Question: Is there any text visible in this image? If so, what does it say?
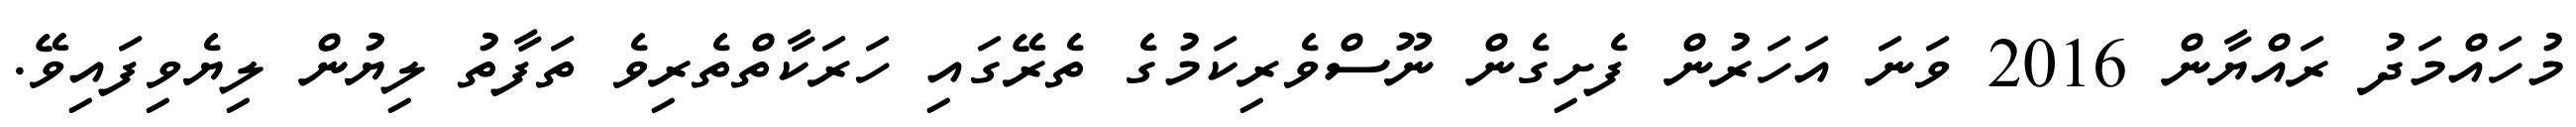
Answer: މުހައްމަދު ރައްޔާން 2016 ވަނަ އަހަރުން ފެށިގެން ނޫސްވެރިކަމުގެ ތެރޭގައި ހަރަކާތްތެރިވެ ތަފާތު ލިޔުން ލިޔެވިފައިވޭ.